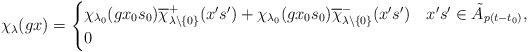
LaTeX: \begin{align*}\chi_\lambda(gx)=\begin{cases}\chi_{\lambda_0}(gx_0s_0)\overline{\chi}_{\lambda\backslash\{0\}}^+(x's')+\chi_{\lambda_0}(gx_0s_0)\overline{\chi}_{\lambda\backslash\{0\}}^-(x's')&x's'\in\tilde{A}_{p(t-t_0)},\\0 &\end{cases}\end{align*}